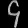
Digit: ၄